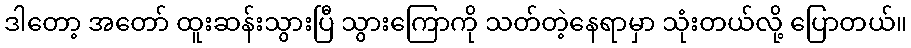
ဒါတော့ အတော် ထူးဆန်းသွားပြီ သွားကြောကို သတ်တဲ့နေရာမှာ သုံးတယ်လို့ ပြောတယ်။